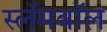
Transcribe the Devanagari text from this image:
स्लॅमबॉल